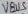
Text: VBUS